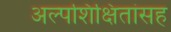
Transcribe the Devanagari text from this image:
अल्पशिक्षितांसह